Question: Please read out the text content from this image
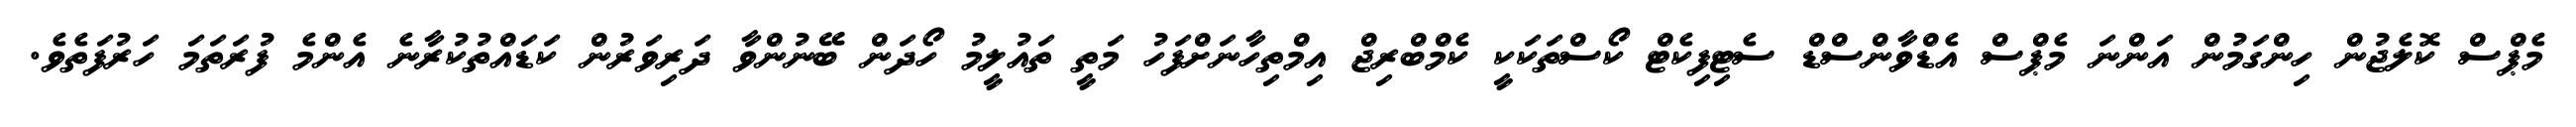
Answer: މެޕްސް ކޮލެޖުން ހިންގަމުން އަންނަ މެޕްސް އެޑްވާންސްޑް ސެޓިފިކެޓް ކޯސްތަކަކީ ކެމްބްރިޖް އިމްތިހާނަށްފަހު މަތީ ތައުލީމު ހޯދަން ބޭނުންވާ ދަރިވަރުން ކަޑައްތުކުރާނެ އެންމެ ފުރަތަމަ ހަރުފަތެވެ.